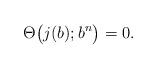
LaTeX: \begin{align*}\Theta\big(j(b);b^n\big)=0.\end{align*}